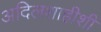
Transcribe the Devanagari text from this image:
अदिलशाहीशी